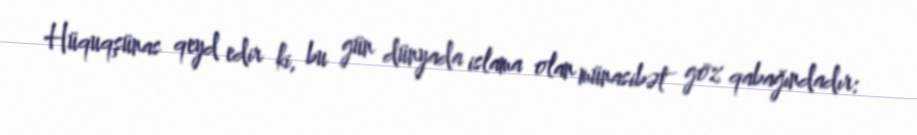
Hüquqşünas qeyd edir ki, bu gün dünyada islama olan münasibət göz qabağındadır: